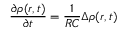
\frac { \partial \rho ( r , t ) } { \partial t } = \frac { 1 } { R C } \Delta \rho ( r , t )